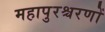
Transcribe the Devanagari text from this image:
महापुरश्चरणों